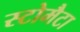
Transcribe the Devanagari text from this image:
स्टोमैटा